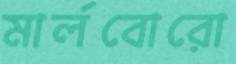
মার্লবোরো